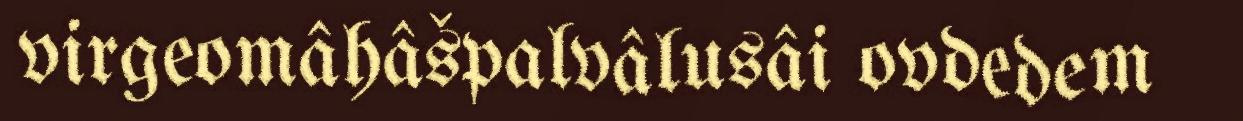
virgeomâhâšpalvâlusâi ovdedem